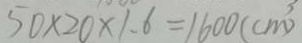
5 0 \times 2 0 \times 1 . 6 = 1 6 0 0 ( c m ^ { 3 } )